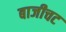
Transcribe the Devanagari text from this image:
बाजीचट